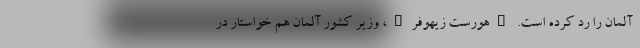
آلمان را رد کرده است. "هورست زیهوفر"، وزیر کشور آلمان هم خواستار در